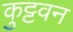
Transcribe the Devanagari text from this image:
कुट्टवन